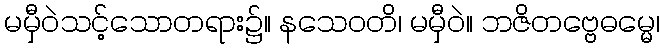
မမှီဝဲသင့်သောတရား၌။ နသေဝတိ၊ မမှီဝဲ။ ဘဇိတဗ္ဗေဓမ္မေ၊